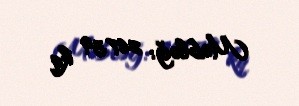
Məbləğ: 267,39 kq